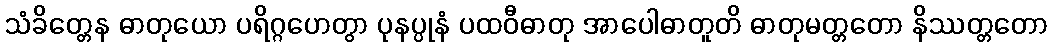
သံခိတ္တေန ဓာတုယော ပရိဂ္ဂဟေတွာ ပုနပ္ပုနံ ပထဝီဓာတု အာပေါဓာတူတိ ဓာတုမတ္တတော နိဿတ္တတော